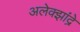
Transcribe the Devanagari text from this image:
अलेक्झांद्रे